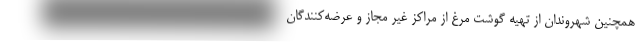
همچنین شهروندان از تهیه گوشت مرغ از مراکز غیر مجاز و عرضه‌کنندگان